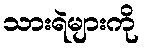
သားရဲများကို